Report on horse surra - Volume I
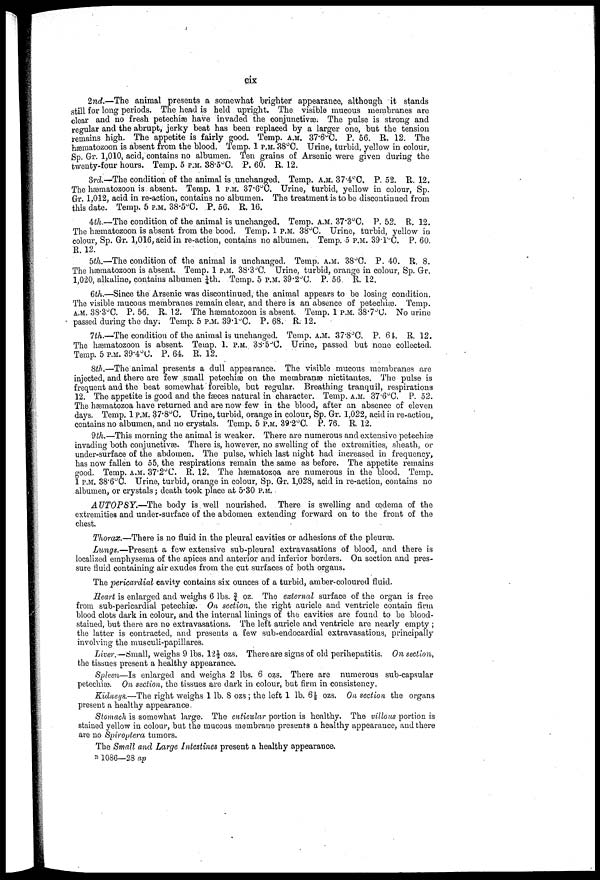
cix
2nd.—The animal presents a somewhat brighter appearance, although it stands
still for long periods. The head is held upright. The visible mucous membranes are
clear and no fresh petechiæ have invaded the conjunctivae. The pulse is strong and
regular and the abrupt, jerky beat has been replaced by a larger one, but the tension
remains high. The appetite is fairly good. Temp. A.M. 37.6ºC. P. 56. R. 12. The
hæmatozoon is absent from the blood. Temp. 1 P.M. 38°C. Urine, turbid, yellow in colour,
Sp. Gr. 1,010, acid, contains no albumen. Ten grains of Arsenic were given during the
twenty-four hours. Temp. 5 P.M. 38.5°C. P. 60. R. 12.
3rd.-The condition of the animal is unchanged. Temp. A.M. 37.4ºC. P. 52. R. 12.
The hæmatozoon is absent. Temp. 1 P.M. 37.6°C. Urine, turbid, yellow in colour, Sp.
GR. 1,012, acid in re-action, contains no albumen. The treatment is to be discontinued from
this date. Temp. 5 P.M. 38.5°C. P. 56. R. 16.
4th.—The condition of the animal is unchanged. Temp. A.M. 37.3 O . P. 52. R. 12.
The hæmatozoon is absent from the bood. Temp. 1 P.M. 38°C. Urine, turbid, yellow in
colour, Sp. Gr. 1,016, acid in re-action, contains no albumen. Temp. 5 P.M. 39.l°C. P. 60.
R. 12.
5th.—The condition of the animal is unchanged. Temp. A.M. 38°C. P. 40. R. 8.
The hæmatozoon is absent. Temp. 1 P.M. 38.3ºC. Urine, turbid, orange in colour, Sp. Gr.
1,020, alkaline, contains albumen 1/4th. Temp. 5 P.M. 39-2°C. P. 56 R. 12.
6th.—Since the Arsenic was discontinued, the animal appears to be losing condition.
The visible mucous membranes remain clear, and there is an absence of petechias. Temp.
A.M. 38.3°C. P. 56. R. 12. The hæmatozoon is absent. Temp. 1 P.M. 38.7°C. No urine
passed during the day. Temp. 5 P.M. 39.1ºC. P. 68. R. 12.
7th.—The condition of the animal is unchanged. Temp. A.M. 37.8°C. P. 64. R. 12.
The hæmatozoon is absent. Temp, 1. P.M. 38.5ºC. Urine, passed but none collected.
Temp. 5 P.M. 39.4°C. P. 64. R. 12.
8th.—The animal presents a dull appearance. The visible mucous membranes are
injected, and there are few small petechiæ on the membranæ nictitantes. The pulse is
frequent and the beat somewhat forcible, but regular. Breathing tranquil, respirations
12. The appetite is good and the faeces natural in character. Temp. A.M. 37.6°C. P. 52.
The hæmatozoa have returned and are now few in the blood, after an absence of eleven
days. Temp. 1 P.M. 37.8°C. Urine, turbid, orange in colour, Sp, Gr. 1,022, acid in re-action,
contains no albumen, and no crystals. Temp. 5 P.M. 39.2°C. P. 76. R. 12.
9th.—This morning the animal is weaker. There are numerous and extensive petechias
invading both conjunctivae. There is, however, no swelling of the extremities, sheath, or
under-surface of the abdomen. The pulse, which last night had increased in frequency,
has now fallen to 55, the respirations remain the same as before. The appetite remains
good. Temp. A.M. 37.2°C. R. 12. The hæmatozoa are numerous in the blood. Temp.
1 P.M. 38.6°C. Urine, turbid, orange in colour, Sp. Gr. 1,028, acid in re-action, contains no
albumen, or crystals; death took place at 5.30 P.M.
AUTOPSY.—The
body is well nourished. There is swelling and œdema of the
extremities and under-surface of the abdomen extending forward on to the front of the
chest.
Thorax.—There is no fluid in the pleural cavities or adhesions of the pleuræ.
Lungs.—Present a few extensive sub-pleural extravasations of blood, and there is
localized emphysema of the apices and anterior and inferior borders. On section and pres-
sure fluid containing air exudes from the cut surfaces of both organs.
The 'pericardial cavity contains six ounces of a turbid, amber-coloured fluid.
Heart is enlarged and weighs 6 lbs. 3/4 oz. The external surface of the organ is free
from sub-peri cardial petechiæ. On section, the right auricle and ventricle contain firm
blood clots dark in colour, and the internal linings of the cavities are found to be blood-
stained, but there are no extravasations. The left auricle and ventricle are nearly empty ;
the latter is contracted, and presents a few sub-endocardial extravasations, principally
involving the musculi-papillares.
Liver.—Small, weighs 9 lbs. 12 1/2 ozs. There are signs of old perihepatitis. On section,
the tissues present a healthy appearance.
Spleen—Is enlarged and weighs 2 lbs. 6 ozs. There are numerous sub-capsular
petechias. On section, the tissues are dark in colour, but firm in consistency.
Kidneys.—The right weighs 1 lb. 8 ozs ; the left 1 lb. 6 1/2 ozs. On section the organs
present a healthy appearance.
Stomach is somewhat large. The cuticular portion is healthy. The villous portion is
stained yellow in colour, but the mucous membrane presents a healthy appearance, and there
are no Spiroptera tumors.
The Small and Large Intestines present a healthy appearance.
B 1086—28 ap